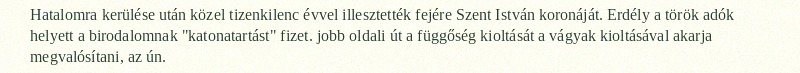
Hatalomra kerülése után közel tizenkilenc évvel illesztették fejére Szent István koronáját. Erdély a török adók helyett a birodalomnak "katonatartást" fizet. jobb oldali út a függőség kioltását a vágyak kioltásával akarja megvalósítani, az ún.